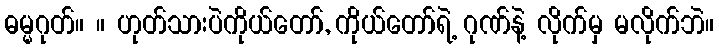
ဓမ္မဂုတ်။ ။ ဟုတ်သားပဲကိုယ်တော်, ကိုယ်တော်ရဲ့ ဂုဏ်နဲ့ လိုက်မှ မလိုက်ဘဲ။